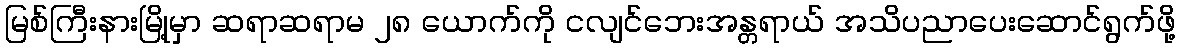
မြစ်ကြီးနားမြို့မှာ ဆရာဆရာမ ၂၈ ယောက်ကို ငလျင်ဘေးအန္တရာယ် အသိပညာပေးဆောင်ရွက်ဖို့